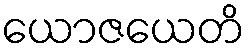
ယောဇယေတိ